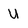
Character: U